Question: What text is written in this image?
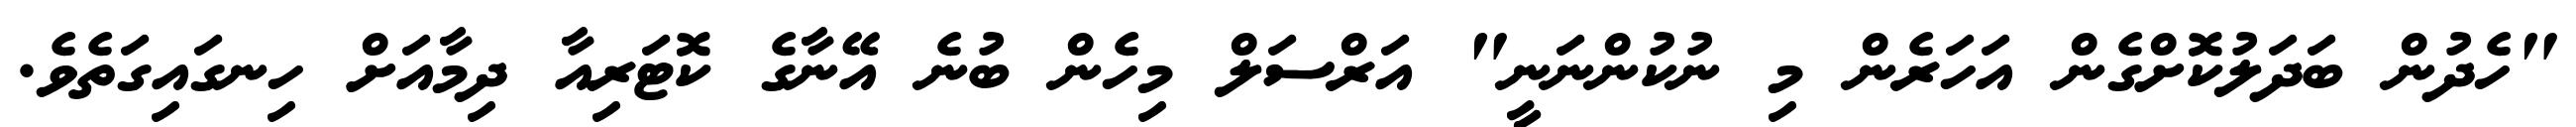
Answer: "ހެދުން ބަދަލުކޮށްގެން އަހަރެން މި ނުކުންނަނީ" އަރްސަލް މިހެން ބުނެ އޭނާގެ ކޮޓަރިއާ ދިމާއަށް ހިނގައިގަތެވެ.